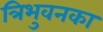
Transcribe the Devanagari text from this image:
त्रिभुवनका